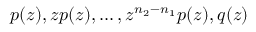
p ( z ) , z p ( z ) , \ldots , z ^ { n _ { 2 } - n _ { 1 } } p ( z ) , q ( z )